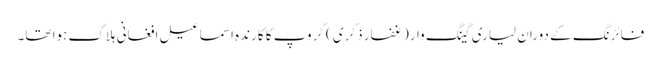
فائرنگ کے دوران لیاری گینگ وار(غفار ذکری ) گروپ کا کارندہ اسماعیل افغانی ہلاک ہوا تھا۔